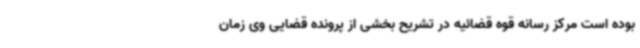
بوده است مرکز رسانه قوه قضائیه در تشریح بخشی از پرونده قضایی وی زمان